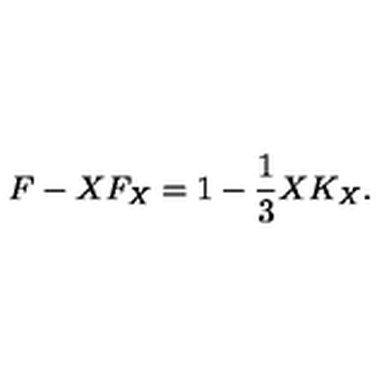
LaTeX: F - X F _ { X } = 1 - \frac { 1 } { 3 } X K _ { X } .